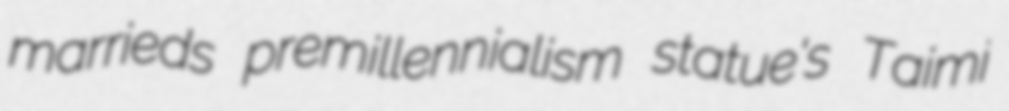
marrieds premillennialism statue's Taimi